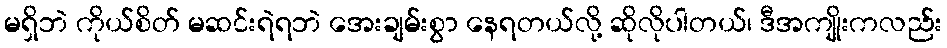
မရှိဘဲ ကိုယ်စိတ် မဆင်းရဲရဘဲ အေးချမ်းစွာ နေရတယ်လို့ ဆိုလိုပါတယ်၊ ဒီအကျိုးကလည်း